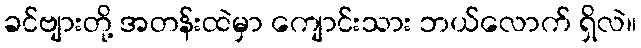
ခင်ဗျားတို့ အတန်းထဲမှာ ကျောင်းသား ဘယ်လောက် ရှိလဲ။